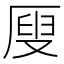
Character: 𠪇